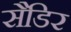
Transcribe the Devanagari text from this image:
सैडिर